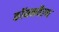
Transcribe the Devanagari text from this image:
कॉमनवैल्‍थ